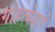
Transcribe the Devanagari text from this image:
गोहत्येद्वारे